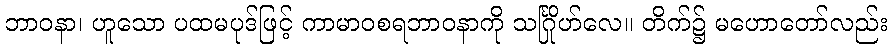
ဘာဝနာ၊ ဟူသော ပထမပုဒ်ဖြင့် ကာမာဝစရဘာဝနာကို သင်္ဂြိုဟ်လေ။ တိက်၌ မဟောတော်လည်း